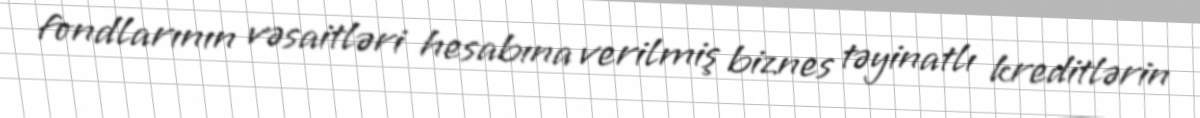
fondlarının vəsaitləri hesabına verilmiş biznes təyinatlı kreditlərin